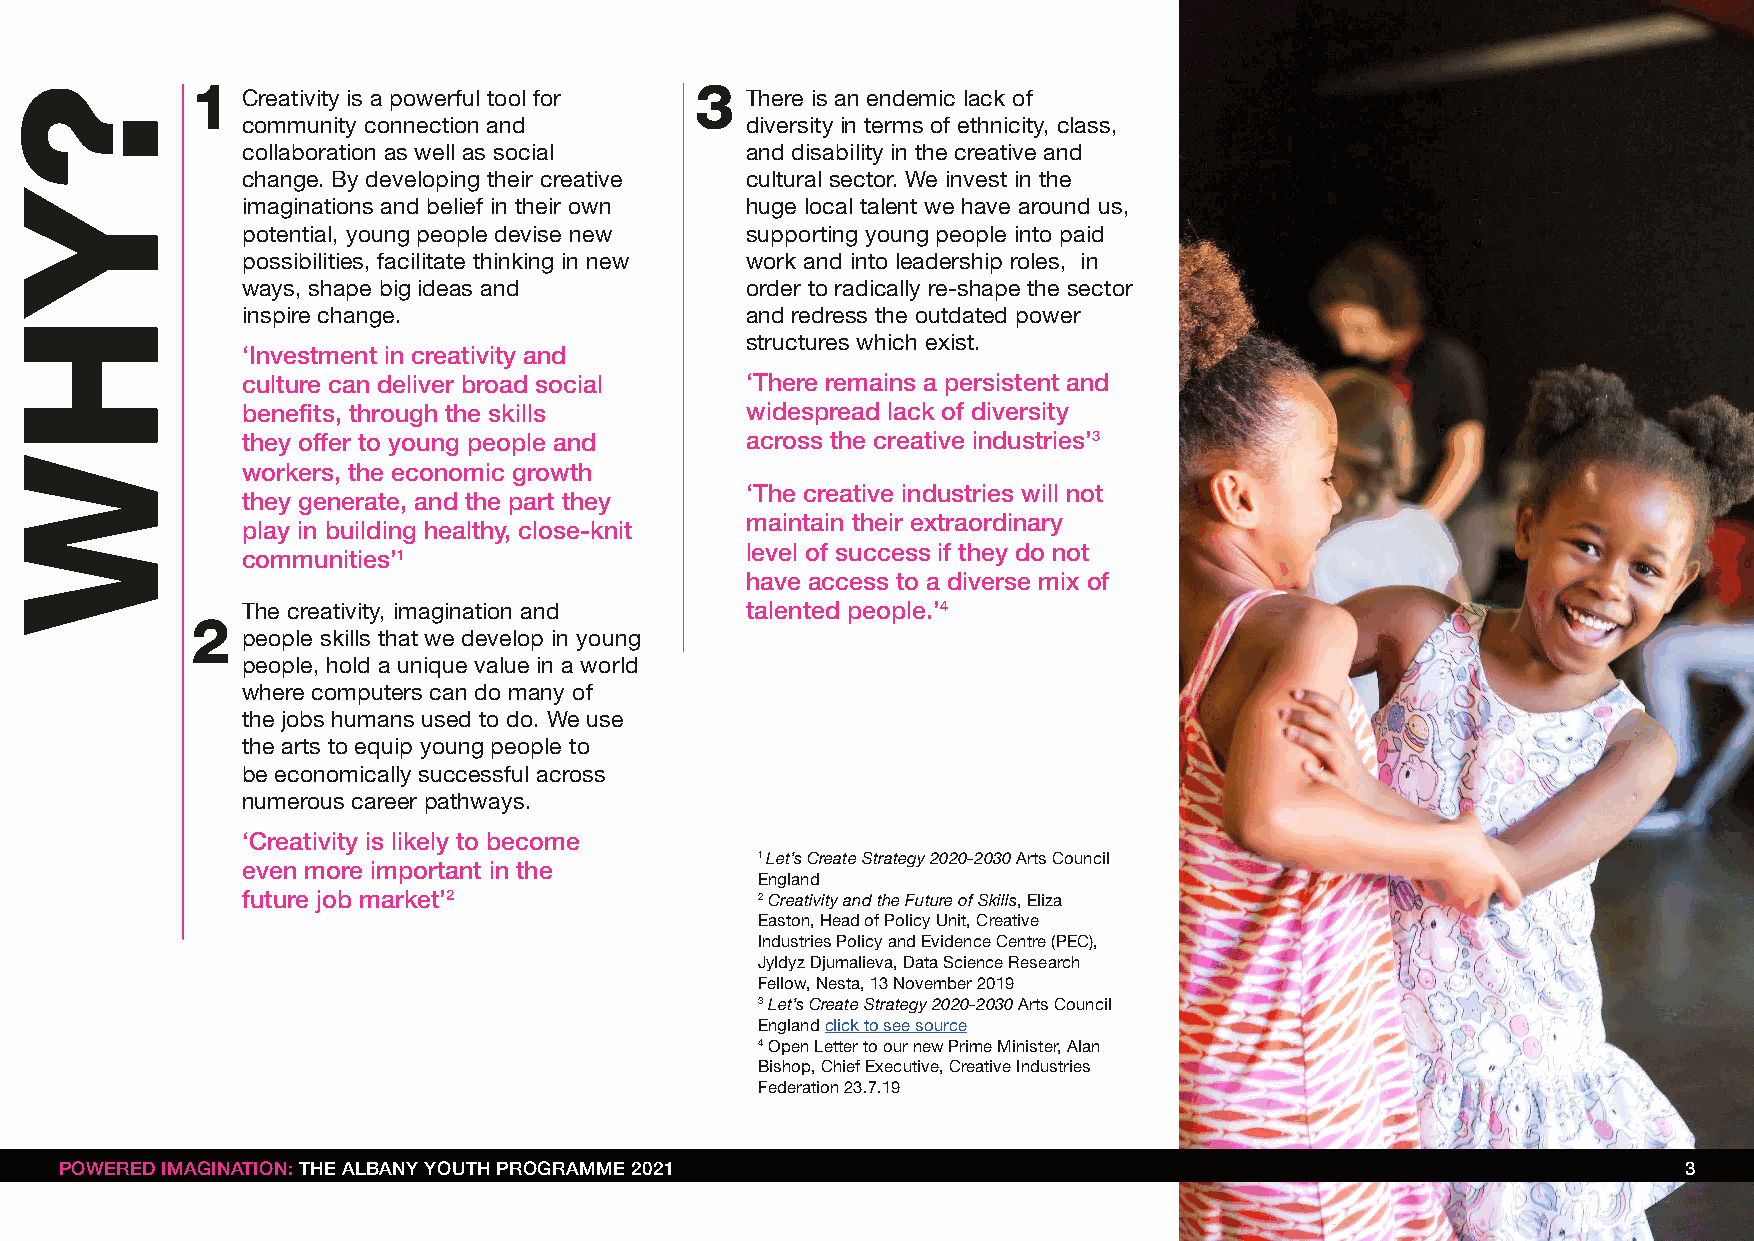
1                                3
 Creativity is a powerful tool for There is an endemic lack of
 community connection and         diversity in terms of ethnicity, class,
 collaboration as well as social  and disability in the creative and
 change. By developing their creative cultural sector. We invest in the
 imaginations and belief in their own huge local talent we have around us,
 potential, young people devise new supporting young people into paid
 possibilities, facilitate thinking in new work and into leadership roles, in
 ways, shape big ideas and        order to radically re-shape the sector
 inspire change.                  and redress the outdated power
 structures which exist.
 ‘Investment in creativity and
 culture can deliver broad social ‘There remains a persistent and
 benefits, through the skills     widespread lack of diversity
 they offer to young people and   across the creative industries’3
 workers, the economic growth
 ‘The creative industries will not
 they generate, and the part they
 maintain their extraordinary
 play in building healthy, close-knit
 level of success if they do not
 communities’1
 have access to a diverse mix of
 talented people.’4
 The creativity, imagination and
 2
 people skills that we develop in young
 people, hold a unique value in a world
 where computers can do many of
 the jobs humans used to do. We use
 the arts to equip young people to
 be economically successful across
 numerous career pathways.
 ‘Creativity is likely to become
 even more important in the        1 Let’s Create Strategy 2020-2030 Arts Council
 England
 future job market’2
 2 Creativity and the Future of Skills, Eliza
 Easton, Head of Policy Unit, Creative
 Industries Policy and Evidence Centre (PEC),
 Jyldyz Djumalieva, Data Science Research
 Fellow, Nesta, 13 November 2019
 3 Let’s Create Strategy 2020-2030 Arts Council
 England click to see source
 4 Open Letter to our new Prime Minister, Alan
 Bishop, Chief Executive, Creative Industries
 Federation 23.7.19
 POWERED IMAGINATION: THE ALBANY YOUTH PROGRAMME 2021                                                        3
 ?YHW